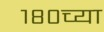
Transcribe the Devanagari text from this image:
१८०च्या